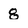
Character: 8